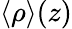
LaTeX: \langle\rho\rangle(z)